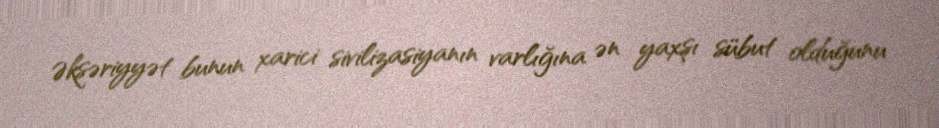
Əksəriyyət bunun xarici sivilizasiyanın varlığına ən yaxşı sübut olduğunu